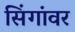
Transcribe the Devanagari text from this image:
सिंगांवर